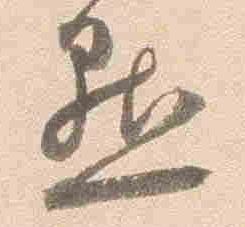
点